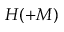
H ( + M )